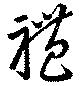
礼